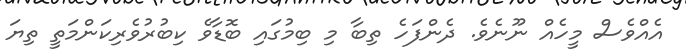
އެއްވެސް މީހެއް ނޫނެވެ. ދެންފަހެ ތިބާ މި ބިމުގައި ބޮޑާވެ ކިބުރުވެރިކަންމަތީ ތިޔަ